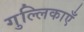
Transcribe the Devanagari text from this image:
गुल्लिकाएँ